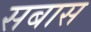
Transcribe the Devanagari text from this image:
सबास